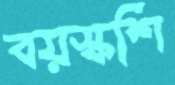
বয়স্কশি